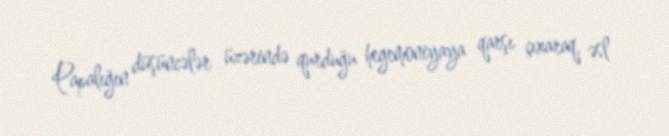
Papalığın düşüncələr üzərində qurduğu hegemoniyaya qarşı çıxaraq, əsl